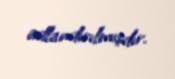
adlandırılmışdır.